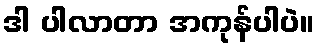
ဒါ ပါလာတာ အကုန်ပါပဲ။